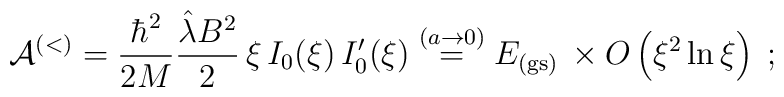
{\mathcal A}^{(<)} =\frac{\hbar^{2}}{2M }\frac{  \hat{\lambda} B^{2}  }{2}\, \xi\,I_{0} ( \xi)\,I'_{0} ( \xi)\stackrel{(a \rightarrow 0)}{=}E_{{\rm (gs)}} \,\times O\left( \xi^{2} \ln \xi\right) \;  ;